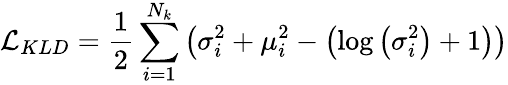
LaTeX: \mathcal{L}_{KLD}=\frac{1}{2}\sum_{i=1}^{N_{k}}\left(\sigma_{i}^{2}+\mu_{i}^{2}-\left(\log\left(\sigma_{i}^{2}\right)+1\right)\right)